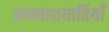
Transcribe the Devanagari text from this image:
अग्न्याशयार्तियाँ